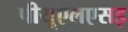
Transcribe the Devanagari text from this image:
पीयूएलएसइ